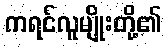
ကရင်လူမျိုးတို့၏